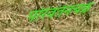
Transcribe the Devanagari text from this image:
परिवर्तनचक्र